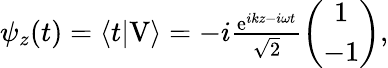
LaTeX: \begin{array}{r}{\psi_{z}(t)=\langle t|\mathrm{V}\rangle=-i\frac{\mathrm{e}^{ikz-i\omega t}}{\sqrt{2}}\left(\begin{array}{c}{1}\\ {-1}\end{array}\right),}\end{array}